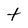
Character: t